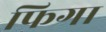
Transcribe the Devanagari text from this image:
फिगा